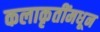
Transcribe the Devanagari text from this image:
कलाकृतींमधून